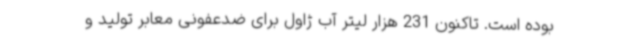
بوده است. تاکنون 231 هزار لیتر آب ژاول برای ضدعفونی معابر تولید و